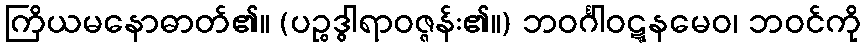
ကြိယမနောဓာတ်၏။ (ပဉ္စဒွါရာဝဇ္ဇန်း၏။) ဘဝင်္ဂါဝဋ္ဋနမေဝ၊ ဘဝင်ကို